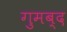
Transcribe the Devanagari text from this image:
गुमब्द